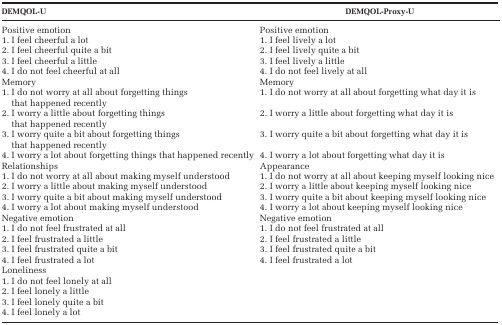
<table><thead><tr><td><b>DEMQOL-U</b></td><td><b>DEMQOL-Proxy-U</b></td></tr></thead><tbody><tr><td>Positive emotion</td><td>Positive emotion</td></tr><tr><td>1. I feel cheerful a lot</td><td>1. I feel lively a lot</td></tr><tr><td>2. I feel cheerful quite a bit</td><td>2. I feel lively quite a bit</td></tr><tr><td>3. I feel cheerful a little</td><td>3. I feel lively a little</td></tr><tr><td>4. I do not feel cheerful at all</td><td>4. I do not feel lively at all</td></tr><tr><td>Memory</td><td>Memory</td></tr><tr><td>1. I do not worry at all about forgetting things that happened recently</td><td>1. I do not worry at all about forgetting what day it is</td></tr><tr><td>2. I worry a little about forgetting things that happened recently</td><td>2. I worry a little about forgetting what day it is</td></tr><tr><td>3. I worry quite a bit about forgetting things that happened recently</td><td>3. I worry quite a bit about forgetting what day it is</td></tr><tr><td>4. I worry a lot about forgetting things that happened recently</td><td>4. I worry a lot about forgetting what day it is</td></tr><tr><td>Relationships</td><td>Appearance</td></tr><tr><td>1. I do not worry at all about making myself understood</td><td>1. I do not worry at all about keeping myself looking nice</td></tr><tr><td>2. I worry a little about making myself understood</td><td>2. I worry a little about keeping myself looking nice</td></tr><tr><td>3. I worry quite a bit about making myself understood</td><td>3. I worry quite a bit about keeping myself looking nice</td></tr><tr><td>4. I worry a lot about making myself understood</td><td>4. I worry a lot about keeping myself looking nice</td></tr><tr><td>Negative emotion</td><td>Negative emotion</td></tr><tr><td>1. I do not feel frustrated at all</td><td>1. I do not feel frustrated at all</td></tr><tr><td>2. I feel frustrated a little</td><td>2. I feel frustrated a little</td></tr><tr><td>3. I feel frustrated quite a bit</td><td>3. I feel frustrated quite a bit</td></tr><tr><td>4. I feel frustrated a lot</td><td>4. I feel frustrated a lot</td></tr><tr><td colspan="2">Loneliness</td></tr><tr><td>1. I do not feel lonely at all</td><td></td></tr><tr><td>2. I feel lonely a little</td><td></td></tr><tr><td>3. I feel lonely quite a bit</td><td></td></tr><tr><td>4. I feel lonely a lot</td><td></td></tr></tbody></table>